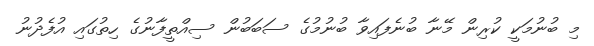
މި ބުނުމަކީ ކުރިން މޭނާ ބުނެފައިވާ ބުނުމުގެ ސަބަބުން ސިއްތީފާނުގެ ހިތުގައި އުފެދުނު